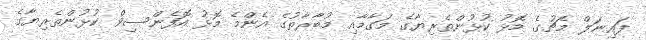
ފައިނަލް މެޗުގެ މޮޅު ކުޅުންތެރިޔާގެ މަގާމާއި މުބާރާތުގެ އެންމެ މޮޅު އޮފެންސިވް ކުޅުންތެރިޔާގެ